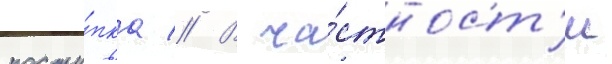
посту́пка // В ча́стност'и